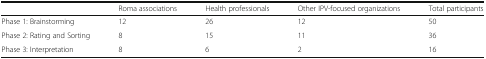
<table><thead><tr><td></td><td><b>Roma associations</b></td><td><b>Health professionals</b></td><td><b>Other IPV-focused organizations</b></td><td><b>Total participants</b></td></tr></thead><tbody><tr><td>Phase 1: Brainstorming</td><td>12</td><td>26</td><td>12</td><td>50</td></tr><tr><td>Phase 2: Rating and Sorting</td><td>8</td><td>15</td><td>11</td><td>36</td></tr><tr><td>Phase 3: Interpretation</td><td>8</td><td>6</td><td>2</td><td>16</td></tr></tbody></table>